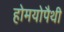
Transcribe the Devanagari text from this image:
होमयोपैथी